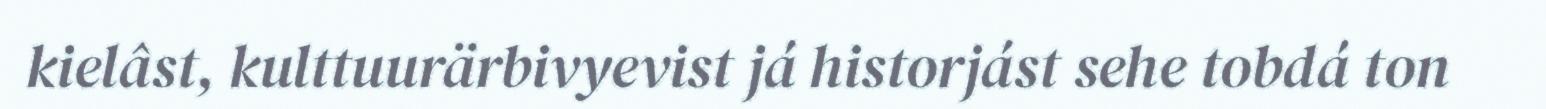
kielâst, kulttuurärbivyevist já historjást sehe tobdá ton